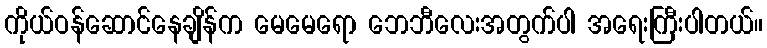
ကိုယ်ဝန်ဆောင်နေချိန်က မေမေရော ဘေဘီလေးအတွက်ပါ အရေးကြီးပါတယ်။